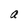
Character: a